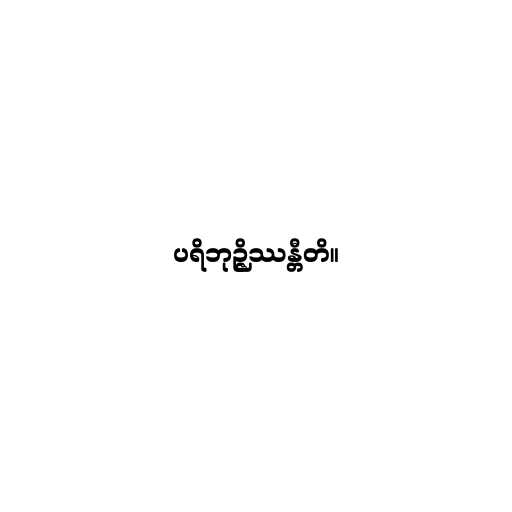
ပရိဘုဉ္ဇိဿန္တီတိ။